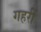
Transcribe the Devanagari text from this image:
गहरीं